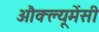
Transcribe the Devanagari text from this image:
औक्ल्यूमेंसी